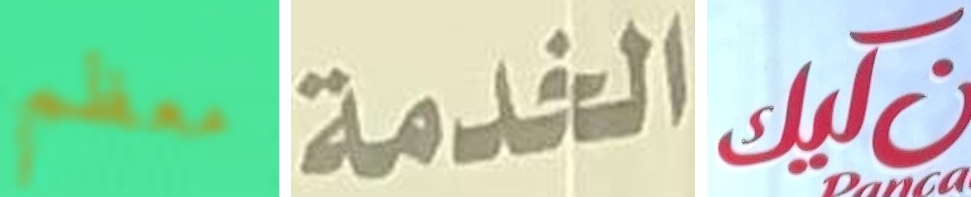
معظم الخدمة كيك